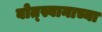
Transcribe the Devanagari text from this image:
बोत्स्वानाच्या